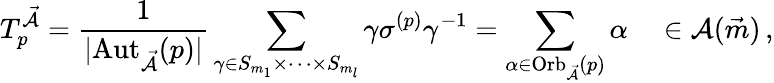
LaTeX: T_{p}^{\mathcal{\vec{A}}}=\frac{1}{|\mathrm{Aut}_{\mathcal{\vec{A}}}(p)|}\sum_{\gamma\in S_{m_{1}}\times\dots\times S_{m_{l}}}\gamma\sigma^{\left(p\right)}\gamma^{-1}=\sum_{\alpha\in\mathrm{Orb}_{\mathcal{\vec{A}}}(p)}\alpha\quad\in\mathcal{A}(\vec{m})\, ,